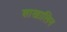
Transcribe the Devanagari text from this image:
शाखालिन